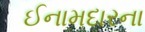
ઈનામદારના